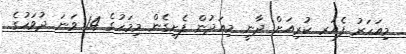
މިއަހަރު ފެއަރ ކުރިއަށް ދާނީ މިއަދުން ފެށިގެން މިމަހުގެ 14 ވަނަ ދުވަހުގެ